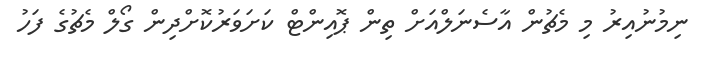
ނިމުނުއިރު މި މެޗުން އާސެނަލްއަށް ތިން ޕޮއިންޓް ކަށަވަރުކޮށްދިން ގޯލް މެޗުގެ ފަހު